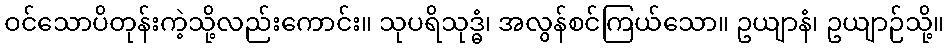
ဝင်သောပိတုန်းကဲ့သို့လည်းကောင်း။ သုပရိသုဒ္ဓံ၊ အလွန်စင်ကြယ်သော။ ဥယျာနံ၊ ဥယျာဉ်သို့။